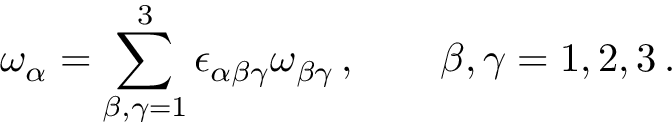
\omega _ { \alpha } = \sum _ { \beta , \gamma = 1 } ^ { 3 } \epsilon _ { \alpha \beta \gamma } \omega _ { \beta \gamma } \, , \qquad \beta , \gamma = 1 , 2 , 3 \, .